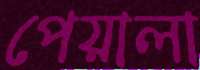
পেয়ালা